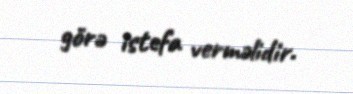
görə istefa verməlidir.